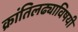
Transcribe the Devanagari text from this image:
क्रांतिलढ्याविषयी